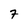
Character: 7